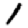
Digit: 1